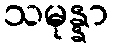
သမုန္နာ